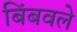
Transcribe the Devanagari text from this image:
बिंबवले